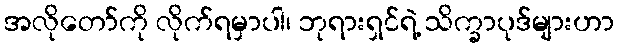
အလိုတော်ကို လိုက်ရမှာပါ၊ ဘုရားရှင်ရဲ့ သိက္ခာပုဒ်များဟာ